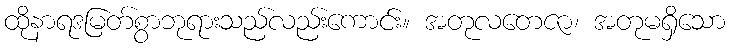
ထိုနာရဒမြတ်စွာဘုရားသည်လည်းကောင်း။ အတုလတေဇာ၊ အတုမရှိသော